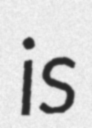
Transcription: is